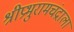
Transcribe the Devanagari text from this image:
श्रीप्रभुरामचंद्राला